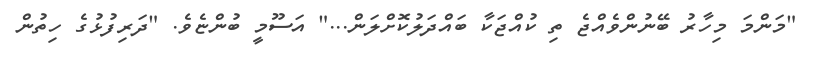
"މަންމަ މިހާރު ބޭނުންވެއްޖެ ތި ކުއްޖަކާ ބައްދަލުކޮށްލަން..." އަސޫމީ ބުންޏެވެ. "ދަރިފުޅުގެ ހިތުން